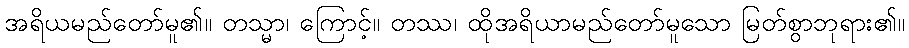
အရိယမည်တော်မူ၏။ တသ္မာ၊ ကြောင့်။ တဿ၊ ထိုအရိယာမည်တော်မူသော မြတ်စွာဘုရား၏။